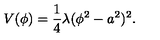
V ( \phi ) = \frac { 1 } { 4 } \lambda ( \phi ^ { 2 } - a ^ { 2 } ) ^ { 2 } .